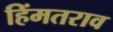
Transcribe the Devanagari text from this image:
हिंमतराव